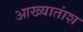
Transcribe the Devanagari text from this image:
आख्यातांश